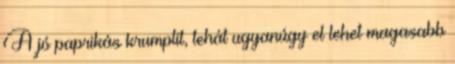
A jó paprikás krumplit, tehát ugyanúgy el lehet magasabb